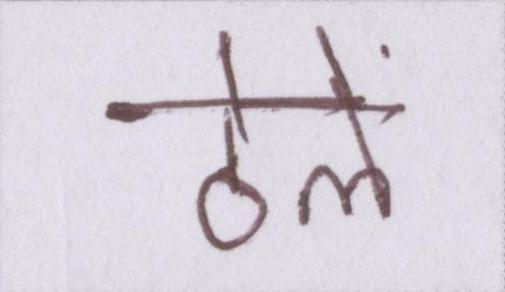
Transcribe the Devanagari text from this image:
ठेले